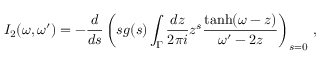
I _ { 2 } ( \omega , \omega ^ { \prime } ) = - \frac { d } { d s } \left( s g ( s ) \int _ { \Gamma } \frac { d z } { 2 \pi i } z ^ { s } \frac { \operatorname { t a n h } ( \omega - z ) } { \omega ^ { \prime } - 2 z } \right) _ { s = 0 } \, ,